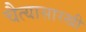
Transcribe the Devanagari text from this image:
चैत्यासारखी